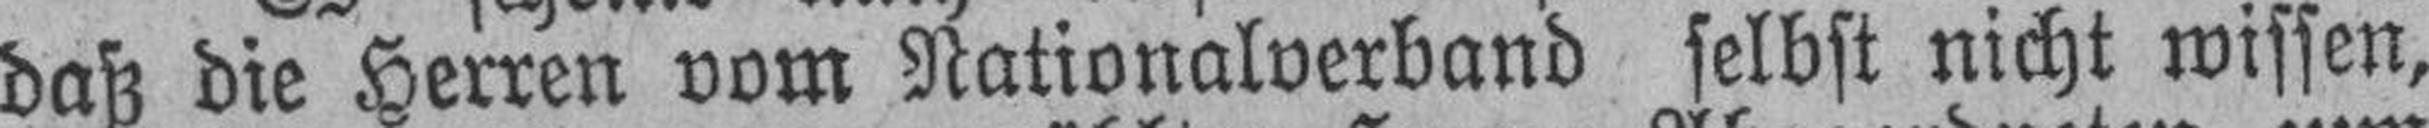
daß die Herren vom Nationalverband selbst nicht wissen,